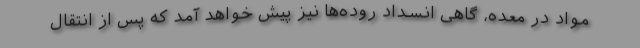
مواد در معده، گاهی انسداد روده‌ها نیز پیش خواهد آمد که پس از انتقال